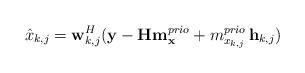
LaTeX: \begin{align*}\hat{x}_{k,j} = \mathbf{w}_{k,j}^H (\mathbf{y} - \mathbf{H} \mathbf{m}_{\mathbf{x}}^{prio} + m_{x_{k,j}}^{prio} \,\mathbf{h}_{k,j})\end{align*}